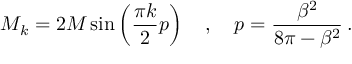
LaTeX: M _ { k } = 2 M \sin \left( \frac { \pi k } { 2 } p \right) \quad , \quad p = \frac { \beta ^ { 2 } } { 8 \pi - \beta ^ { 2 } } \: .